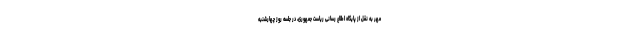
مهر به نقل از پایگاه اطلاع رسانی ریاست جمهوری، در جلسه روز چهارشنبه